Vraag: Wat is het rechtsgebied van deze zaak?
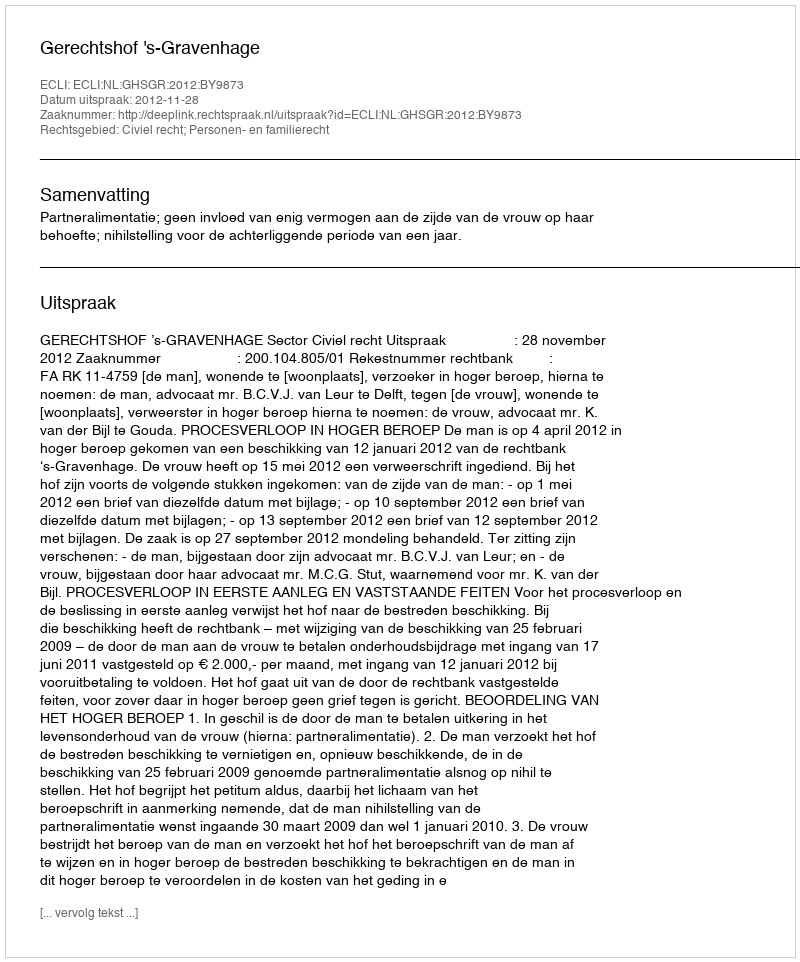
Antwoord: Civiel recht; Personen- en familierecht